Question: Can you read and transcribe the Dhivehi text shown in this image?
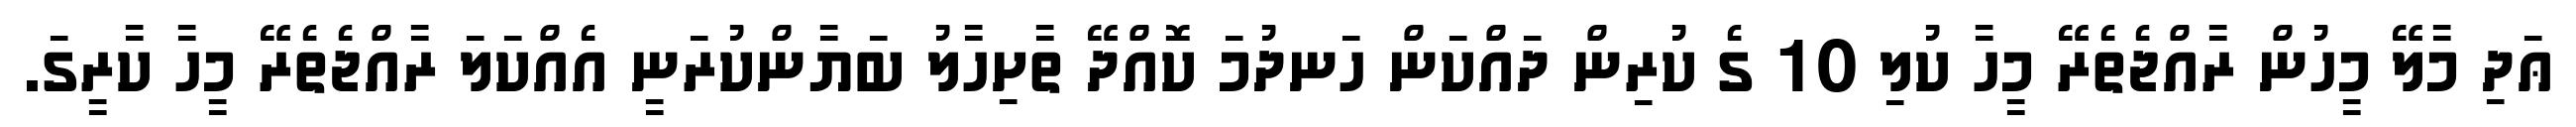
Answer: ޢަދި މާލޭ މީހުން ރާއްޖެތެރޭ މީހާ ކުލި 10 ގެ ކުރިން ދައްކަން ހަނދުމަ ކޮއްދޭ ތާށިހާލު ބަޔާންކުރަނީ އެއްކަލަ ރާއްޖެތެރޭ މީހާ ކާރީގަ.